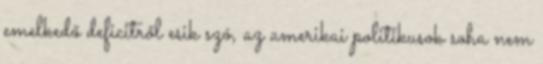
emelkedő deficitről esik szó, az amerikai politikusok soha nem